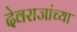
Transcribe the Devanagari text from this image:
देवराजांच्या